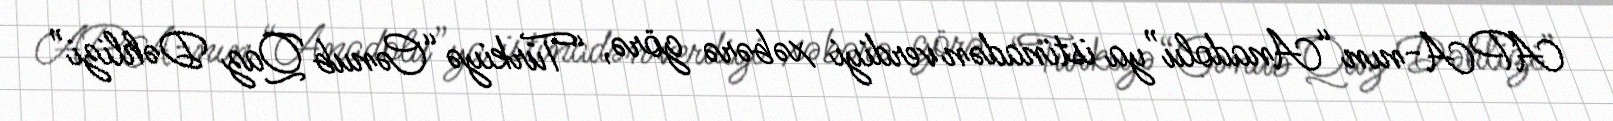
APA-nın “Anadolu”ya istinadən verdiyi xəbərə görə, “Türkiyə “Cənub Qaz Dəhlizi”